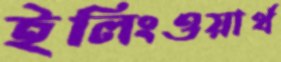
ইলিংওয়ার্থ